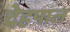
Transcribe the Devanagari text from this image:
देहपाल